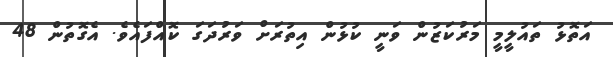
އަތޮޅު ތައުލީމީ މަރުކަޒުން ވަނީ ކުޅުން އިތުރަށް ވަރުދަގަ ކޮއްފައެވެ. އެގޮތުން 48